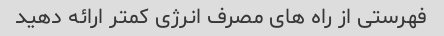
فهرستی از راه های مصرف انرژی کمتر ارائه دهید